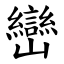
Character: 巒